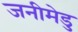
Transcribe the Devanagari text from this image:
जनीमेडु